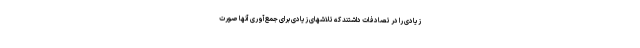
زیادی را در تصادفات داشتند که تلاشهای زیادی برای جمع‌آوری آنها صورت